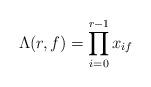
LaTeX: \begin{align*}\Lambda(r,f) = \prod_{i=0}^{r - 1} x_{if}\end{align*}